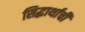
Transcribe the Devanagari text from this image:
सिद्धार्थाची